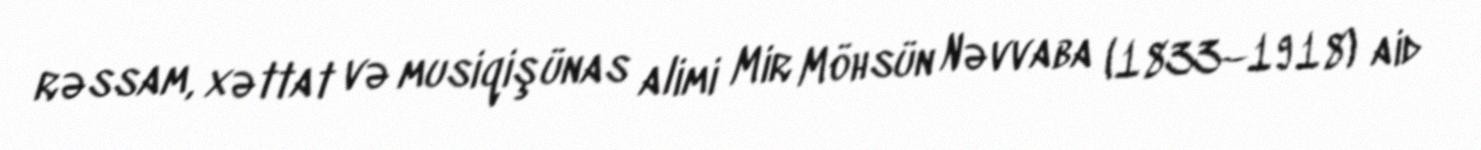
rəssam, xəttat və musiqişünas alimi Mir Möhsün Nəvvaba (1833–1918) aid